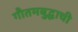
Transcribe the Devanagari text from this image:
गौतमबुद्धाची